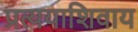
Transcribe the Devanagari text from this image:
प्रत्ययाशिवाय